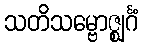
သတိသမ္ဗောဇ္ဈင်္ဂံ